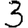
Digit: 3